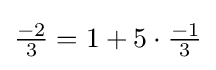
{\tfrac {-2}{3}}=1+5\cdot {\tfrac {-1}{3}}